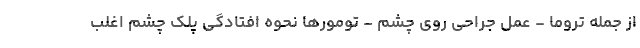
از جمله تروما - عمل جراحی روی چشم - تومورها نحوه افتادگی پلک چشم اغلب